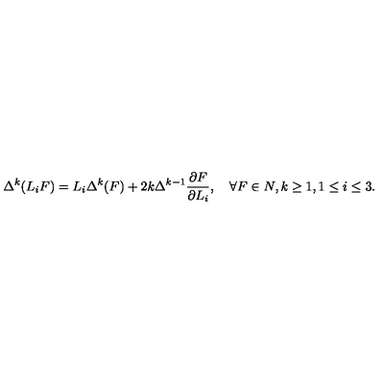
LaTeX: \Delta ^ { k } ( L _ { i } F ) = L _ { i } \Delta ^ { k } ( F ) + 2 k \Delta ^ { k - 1 } { \frac { \partial F } { \partial L _ { i } } } , \quad \forall F \in N , k \geq 1 , 1 \leq i \leq 3 .